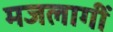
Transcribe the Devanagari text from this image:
मजलागीं